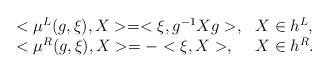
LaTeX: \begin{align*}\begin{array}{ll}<\mu^L(g,\xi),X>=<\xi,g^{-1}Xg>,&X\in h^L, \\<\mu^R(g,\xi),X>=-<\xi,X>, &X\in h^R.\end{array}\end{align*}